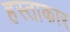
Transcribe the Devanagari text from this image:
हस्ताकार